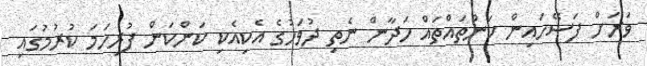
ވަރަށް ފަސޭހައިން ކަންތައްތައް ހަދާން ނެތި ދުވަހުގެ އެކިއެކި ކަންކަން ފުރިހަމަ ކުރުމުގައި